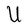
Character: U